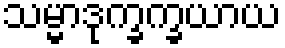
သမ္မာဒုက္ခက္ခယာယ